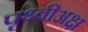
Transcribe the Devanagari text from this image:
पृथ्वीअक्ष